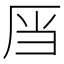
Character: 𮰑